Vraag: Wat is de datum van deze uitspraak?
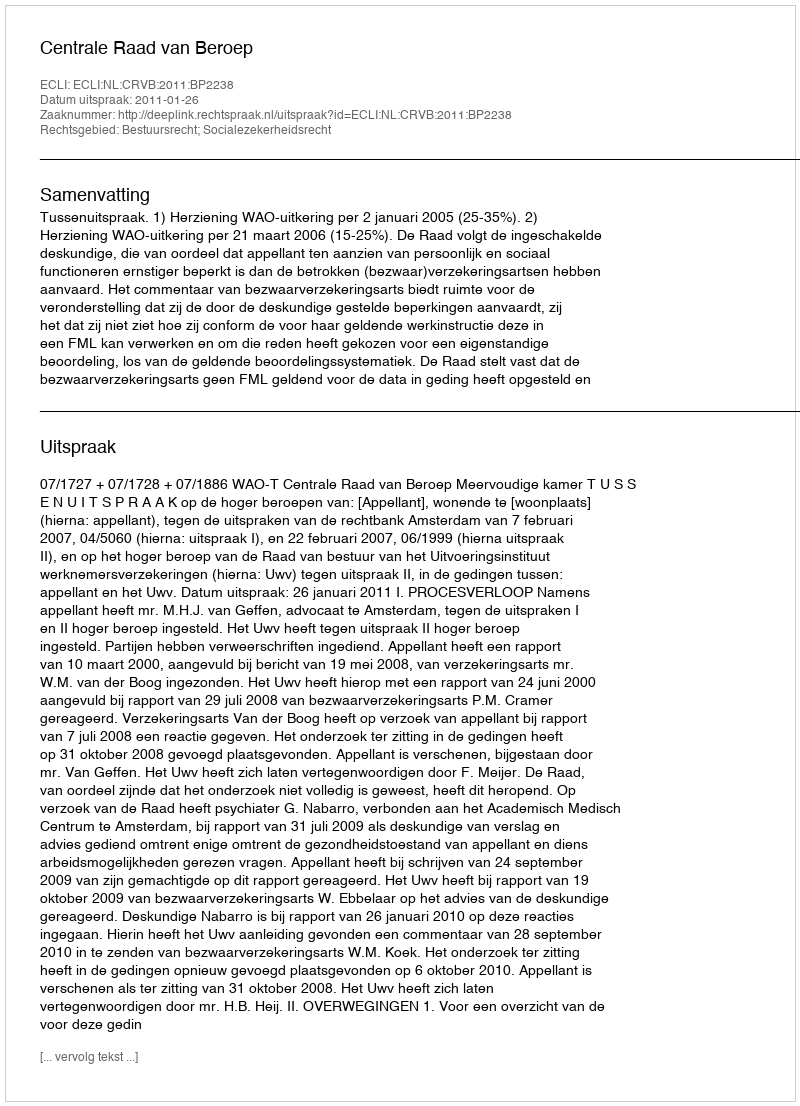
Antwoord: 2011-01-26